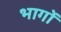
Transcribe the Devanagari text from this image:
भागाें